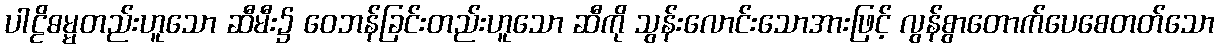
ပါဠိဓမ္မတည်းဟူသော ဆီမီး၌ ဝေဘန်ခြင်းတည်းဟူသော ဆီကို သွန်းလောင်းသောအားဖြင့် လွန်စွာတောက်ပေစေတတ်သော